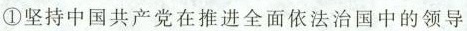
①坚持中国共产党在推进全面依法治国中的领导